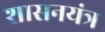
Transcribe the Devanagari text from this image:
शासनयंत्र